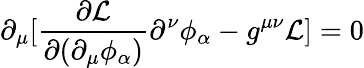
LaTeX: \partial_{\mu}[{\frac{\partial{\mathcal{L}}}{\partial(\partial_{\mu}\phi_{\alpha})}}\partial^{\nu}\phi_{\alpha}-g^{\mu\nu}{\mathcal{L}}]=0